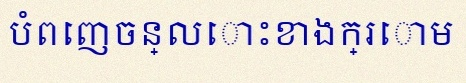
បំពេញចន្លោះខាងក្រោម